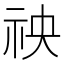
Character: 䄃